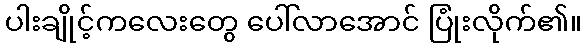
ပါးချိုင့်ကလေးတွေ ပေါ်လာအောင် ပြုံးလိုက်၏။